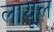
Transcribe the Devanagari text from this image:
लायूल